Leaving Certificate Examination (including Day School Certificate (Higher) General paper), 1929
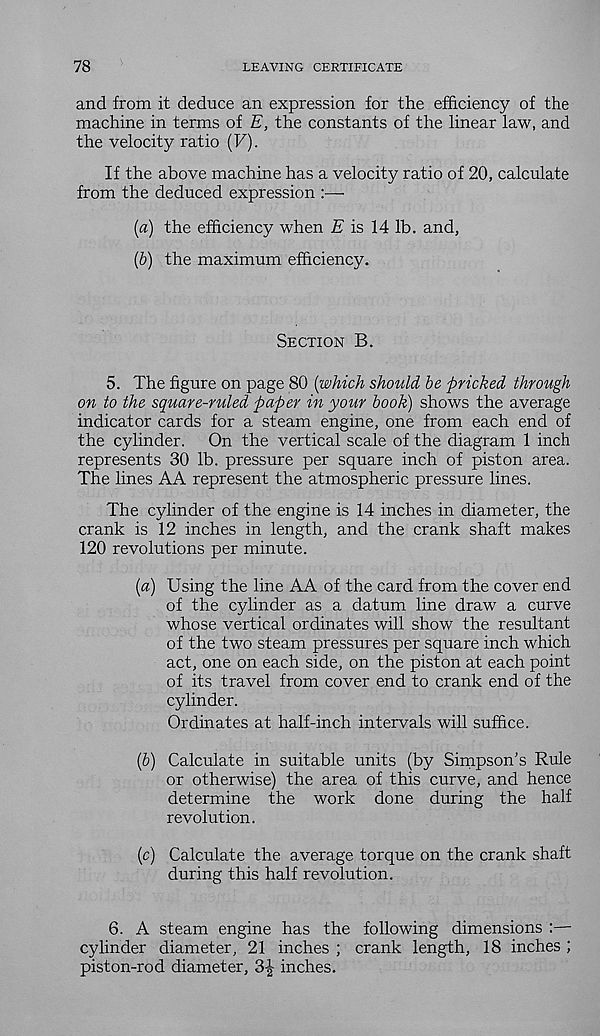
78
LEAVING CERTIFICATE
and from it deduce an expression for the efficiency of the
machine in terms of E, the constants of the linear law, and
the velocity ratio (F).
If the above machine has a velocity ratio of 20, calculate
from the deduced expression :—
[a) the efficiency when E is 14 lb. and,
(b) the maximum efficiency.
Section B.
5. The figure on page 80 [which should be pricked through
on to the square-ruled paper in your book) shows the average
indicator cards for a steam engine, one from each end of
the cylinder.
On the vertical scale of the diagram 1 inch
represents 30 lb. pressure per square inch of piston area.
The lines AA represent the atmospheric pressure lines.
The cylinder of the engine is 14 inches in diameter, the
crank is 12 inches in length, and the crank shaft makes
120 revolutions per minute.
[а) Using the line AA of the card from the cover end
of the cylinder as a datum line draw a curve
whose vertical ordinates will show the resultant
of the two steam pressures per square inch which
act, one on each side, on the piston at each point
of its travel from cover end to crank end of the
cylinder.
Ordinates at half-inch intervals will suffice.
(б) Calculate in suitable units (by Simpson’s Rule
or otherwise) the area of this curve, and hence
determine the work done during the half
revolution.
(c) Calculate the average torque on the crank shaft
during this half revolution.
6. A steam engine has the following dimensions
cylinder diameter, 21 inches ; crank length, 18 inches ;
piston-rod diameter, 3-| inches.